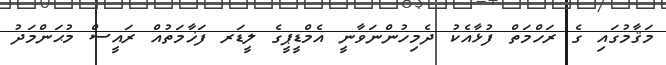
މަޤާމުގައި ގެ ރަހްމަތް ފުޅާއެކު ދެމިހުންނަވާނީ އެމްޑީޕީގެ ލީޑަރ ފަޚާމަތުއް ރައީސް މުޙަންމަދު